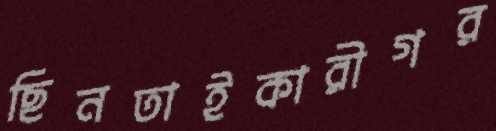
ছিনতাইকারীগর